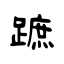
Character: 蹠